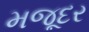
મજૂદર